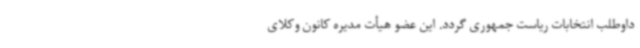
داوطلب انتخابات ریاست جمهوری گردد. این عضو هیأت مدیره کانون وکلای